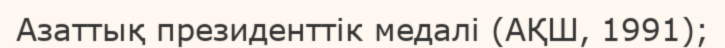
Азаттық президенттік медалі (АҚШ, 1991);